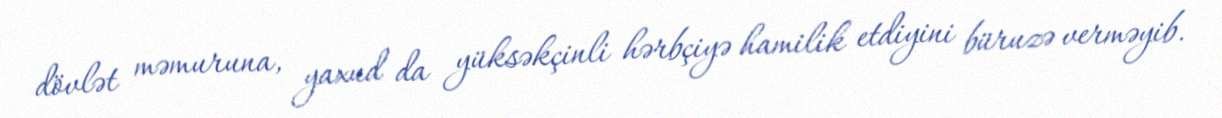
dövlət məmuruna, yaxud da yüksəkçinli hərbçiyə hamilik etdiyini büruzə verməyib.